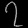
Digit: ၇